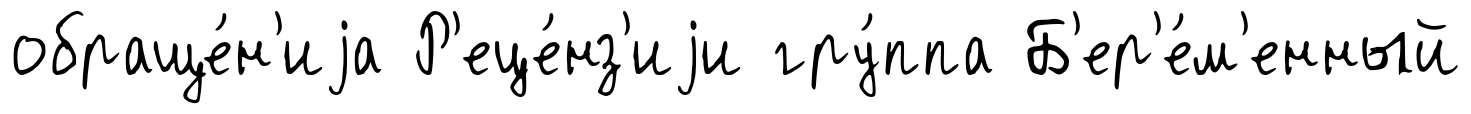
обраще́н'иjа Р'еце́нз'иjи гру́ппа Б'ер'е́м'енный